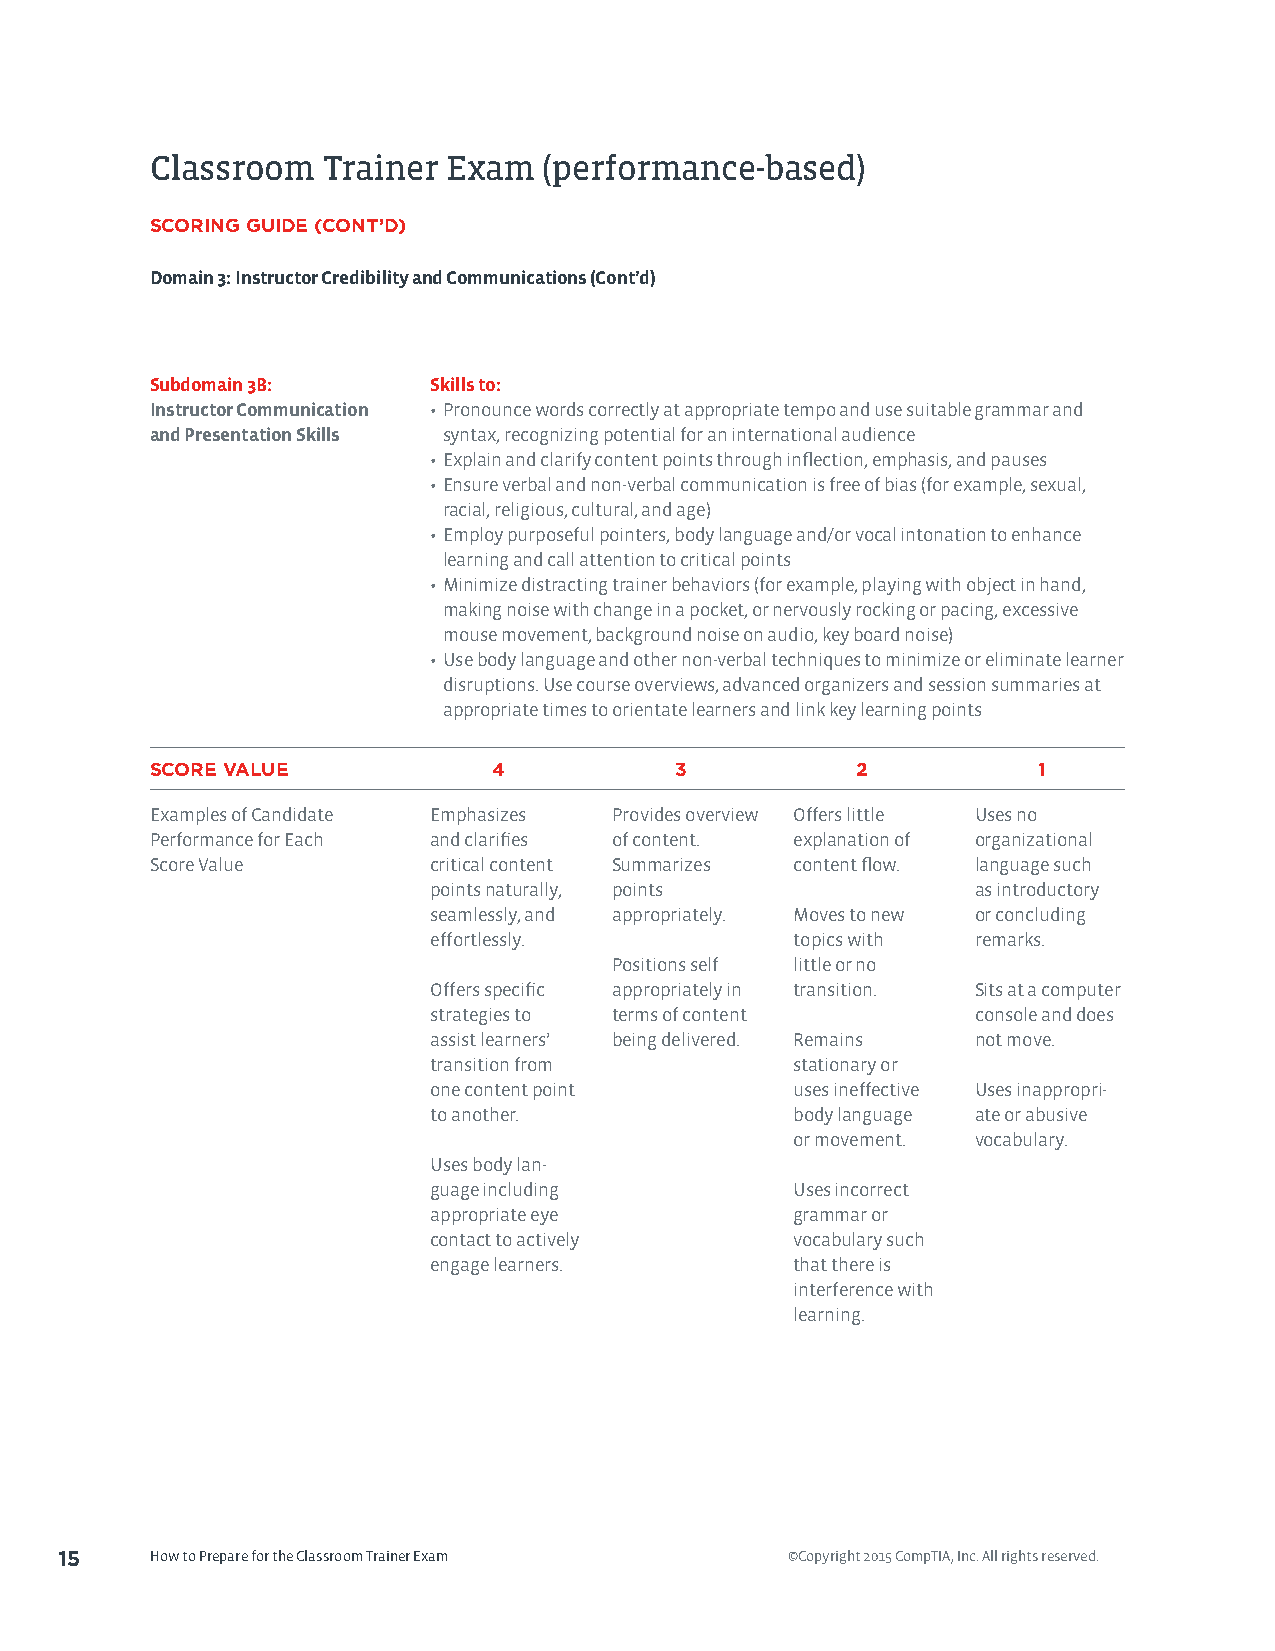
Classroom  Trainer  Exam  (performance-based)
 SCORING GUIDE (CONT’D)
 Domain 3: Instructor Credibility and Communications (Cont’d)
 Subdomain 3B:      Skills to:
 Instructor Communication • Pronounce words correctly at appropriate tempo and use suitable grammar and
 and Presentation Skills syntax, recognizing potential for an international audience
 • Explain and clarify content points through inflection, emphasis, and pauses
 • Ensure verbal and non-verbal communication is free of bias (for example, sexual,
 racial, religious, cultural, and age)
 • Employ purposeful pointers, body language and/or vocal intonation to enhance
 learning and call attention to critical points
 • Minimize distracting trainer behaviors (for example, playing with object in hand,
 making noise with change in a pocket, or nervously rocking or pacing, excessive
 mouse movement, background noise on audio, key board noise)
 • Use body language and other non-verbal techniques to minimize or eliminate learner
 disruptions. Use course overviews, advanced organizers and session summaries at
 appropriate times to orientate learners and link key learning points
 SCORE VALUE            4           3           2           1
 Examples of Candidate Emphasizes Provides overview Offers little Uses no
 Performance for Each and clarifies of content. explanation of organizational
 Score Value        critical content Summarizes content flow. language such
 points naturally, points            as introductory
 seamlessly, and appropriately. Moves to new or concluding
 effortlessly.           topics with remarks.
 Positions self little or no
 Offers specific appropriately in transition. Sits at a computer
 strategies to terms of content      console and does
 assist learners’ being delivered. Remains not move.
 transition from         stationary or
 one content point       uses ineffective Uses inappropri-
 to another.             body language ate or abusive
 or movement. vocabulary.
 Uses body lan-
 guage including         Uses incorrect
 appropriate eye         grammar or
 contact to actively     vocabulary such
 engage learners.        that there is
 interference with
 learning.
 15    How to Prepare for the Classroom Trainer Exam ©Copyright 2015 CompTIA, Inc. All rights reserved.